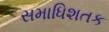
સમાધિશતક